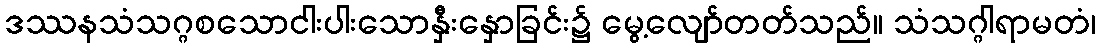
ဒဿနသံသဂ္ဂစသောငါးပါးသောနှီးနှောခြင်း၌ မွေ့လျော်တတ်သည်။ သံသဂ္ဂါရာမတံ၊